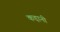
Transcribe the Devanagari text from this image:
कड़ानी